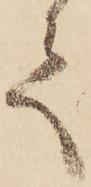
て